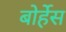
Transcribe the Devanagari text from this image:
बोर्हेस